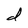
Character: d